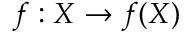
f : X \to f ( X )